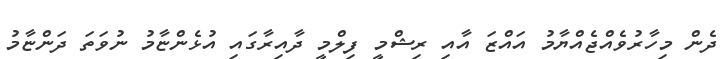
ދެން މިހާރުވެއްޖެއްޔާމު އައްޒަ އާއި ރިޝްމީ ފިލްމީ ދާއިރާގައި އުޅެންޏާމު ނުވަތަ ދަންޏާމު